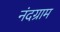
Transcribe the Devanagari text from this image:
नंदग्राम